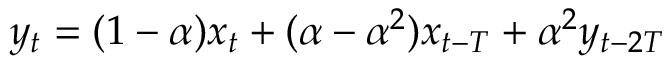
y _ { t } = ( 1 - \alpha ) x _ { t } + ( \alpha - \alpha ^ { 2 } ) x _ { t - T } + \alpha ^ { 2 } y _ { t - 2 T }